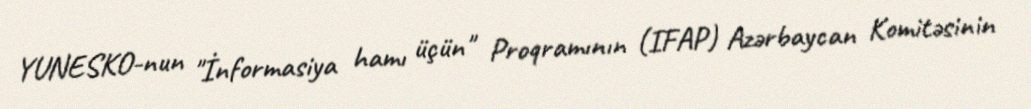
YUNESKO-nun "İnformasiya hamı üçün" Proqramının (IFAP) Azərbaycan Komitəsinin